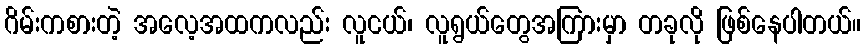
ဂိမ်းကစားတဲ့ အလေ့အထကလည်း လူငယ်၊ လူရွယ်တွေအကြားမှာ တခုလို ဖြစ်နေပါတယ်။